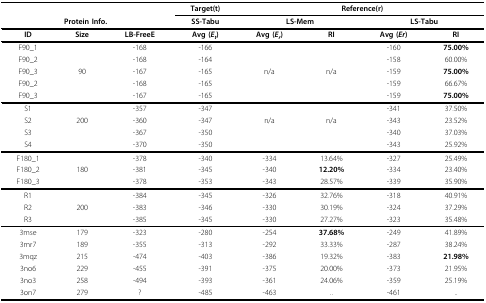
<table><thead><tr><td></td><td></td><td></td><td><b>Target(t)</b></td><td colspan="4"><b>Reference(r)</b></td></tr><tr><td colspan="3"><b>Protein Info.</b></td><td><b>SS-Tabu</b></td><td colspan="2"><b>LS-Mem</b></td><td colspan="2"><b>LS-Tabu</b></td></tr></thead><tbody><tr><td><b>ID</b></td><td><b>Size</b></td><td><b>LB-FreeE</b></td><td><b>Avg (<i>E<sub>t</sub></i>)</b></td><td><b>Avg (<i>E<sub>r</sub></i>)</b></td><td><b>RI</b></td><td><b>Avg (<i>Er</i>)</b></td><td><b>RI</b></td></tr><tr><td>F90_1</td><td></td><td>-168</td><td>-166</td><td></td><td></td><td>-160</td><td><b>75.00%</b></td></tr><tr><td>F90_2</td><td></td><td>-168</td><td>-164</td><td></td><td></td><td>-158</td><td>60.00%</td></tr><tr><td>F90_3</td><td>90</td><td>-167</td><td>-165</td><td>n/a</td><td>n/a</td><td>-159</td><td><b>75.00%</b></td></tr><tr><td>F90_2</td><td></td><td>-168</td><td>-165</td><td></td><td></td><td>-159</td><td>66.67%</td></tr><tr><td>F90_3</td><td></td><td>-167</td><td>-165</td><td></td><td></td><td>-159</td><td><b>75.00%</b></td></tr><tr><td>S1</td><td></td><td>-357</td><td>-347</td><td></td><td></td><td>-341</td><td>37.50%</td></tr><tr><td>S2</td><td>200</td><td>-360</td><td>-347</td><td>n/a</td><td>n/a</td><td>-343</td><td>23.52%</td></tr><tr><td>S3</td><td></td><td>-367</td><td>-350</td><td></td><td></td><td>-340</td><td>37.03%</td></tr><tr><td>S4</td><td></td><td>-370</td><td>-350</td><td></td><td></td><td>-343</td><td>25.92%</td></tr><tr><td>F180_1</td><td></td><td>-378</td><td>-340</td><td>-334</td><td>13.64%</td><td>-327</td><td>25.49%</td></tr><tr><td>F180_2</td><td>180</td><td>-381</td><td>-345</td><td>-340</td><td><b>12.20%</b></td><td>-334</td><td>23.40%</td></tr><tr><td>F180_3</td><td></td><td>-378</td><td>-353</td><td>-343</td><td>28.57%</td><td>-339</td><td>35.90%</td></tr><tr><td>R1</td><td></td><td>-384</td><td>-345</td><td>-326</td><td>32.76%</td><td>-318</td><td>40.91%</td></tr><tr><td>R2</td><td>200</td><td>-383</td><td>-346</td><td>-330</td><td>30.19%</td><td>-324</td><td>37.29%</td></tr><tr><td>R3</td><td></td><td>-385</td><td>-345</td><td>-330</td><td>27.27%</td><td>-323</td><td>35.48%</td></tr><tr><td>3mse</td><td>179</td><td>-323</td><td>-280</td><td>-254</td><td><b>37.68%</b></td><td>-249</td><td>41.89%</td></tr><tr><td>3mr7</td><td>189</td><td>-355</td><td>-313</td><td>-292</td><td>33.33%</td><td>-287</td><td>38.24%</td></tr><tr><td>3mqz</td><td>215</td><td>-474</td><td>-403</td><td>-386</td><td>19.32%</td><td>-383</td><td><b>21.98%</b></td></tr><tr><td>3no6</td><td>229</td><td>-455</td><td>-391</td><td>-375</td><td>20.00%</td><td>-373</td><td>21.95%</td></tr><tr><td>3no3</td><td>258</td><td>-494</td><td>-393</td><td>-361</td><td>24.06%</td><td>-359</td><td>25.19%</td></tr><tr><td>3on7</td><td>279</td><td>?</td><td>-485</td><td>-463</td><td>..</td><td>-461</td><td>..</td></tr></tbody></table>